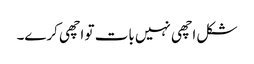
شکل اچھی نہیں بات تو اچھی کرے۔